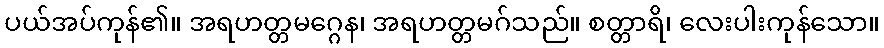
ပယ်အပ်ကုန်၏။ အရဟတ္တမဂ္ဂေန၊ အရဟတ္တမဂ်သည်။ စတ္တာရိ၊ လေးပါးကုန်သော။